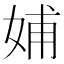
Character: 𡜵